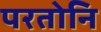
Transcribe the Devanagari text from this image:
परतोनि